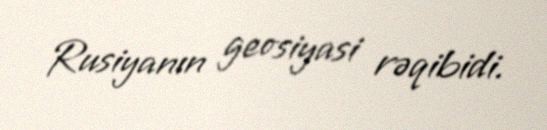
Rusiyanın geosiyasi rəqibidi.